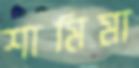
শামিমা